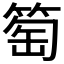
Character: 𥮽